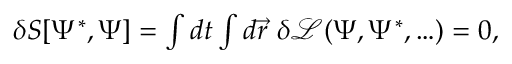
\begin{array} { r } { \delta S [ \Psi ^ { * } , \Psi ] = \int d t \int d \vec { r } \, \, \delta \mathcal { L } ( \Psi , \Psi ^ { * } , \ldots ) = 0 , } \end{array}